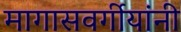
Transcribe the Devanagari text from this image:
मागासवर्गीयांनी